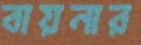
বায়নার